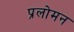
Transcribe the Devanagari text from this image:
प्रलोमन